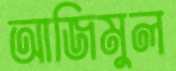
আজিমুল